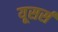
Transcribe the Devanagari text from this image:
यूसर्स